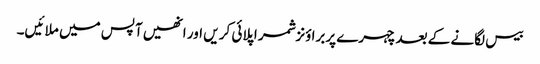
بیس لگانے کے بعدچہرے پربرا ؤنزشمر اپلائی کر یں اور انھیں آپس میں ملا ئیں۔